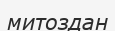
митоздан